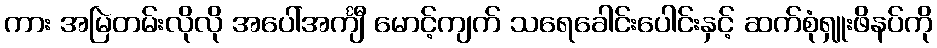
ကား အမြဲတမ်းလိုလို အပေါ်အင်္ကျီ မောင့်ကျက် သရေခေါင်းပေါင်းနှင့် ဆက်စုံရှူးဖိနပ်ကို